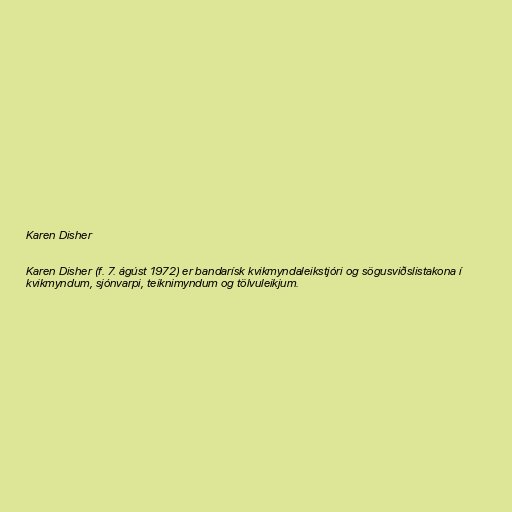
Karen Disher

Karen Disher (f. 7. ágúst 1972) er bandarísk kvikmyndaleikstjóri og sögusviðslistakona í
kvikmyndum, sjónvarpi, teiknimyndum og tölvuleikjum.